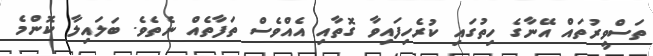
ތަސްވީރުތައް އޭނާގެ ހިތުގައި ކުރެހިފައިވާ ގޮތާއި އެއްވެސް ތަފާތެއް ނެތެވެ. ބަލައިލާ ކޮންމެ